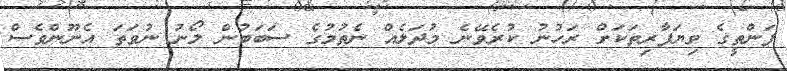
ފަންތީގެ ވިޔަފާރިތަކަށް ރަހުނު ކުރެވޭނެ މުދަލެއް ނެތުމުގެ ސަބަބުން ލޯނު ނުވަތަ އެނޫންވެސް